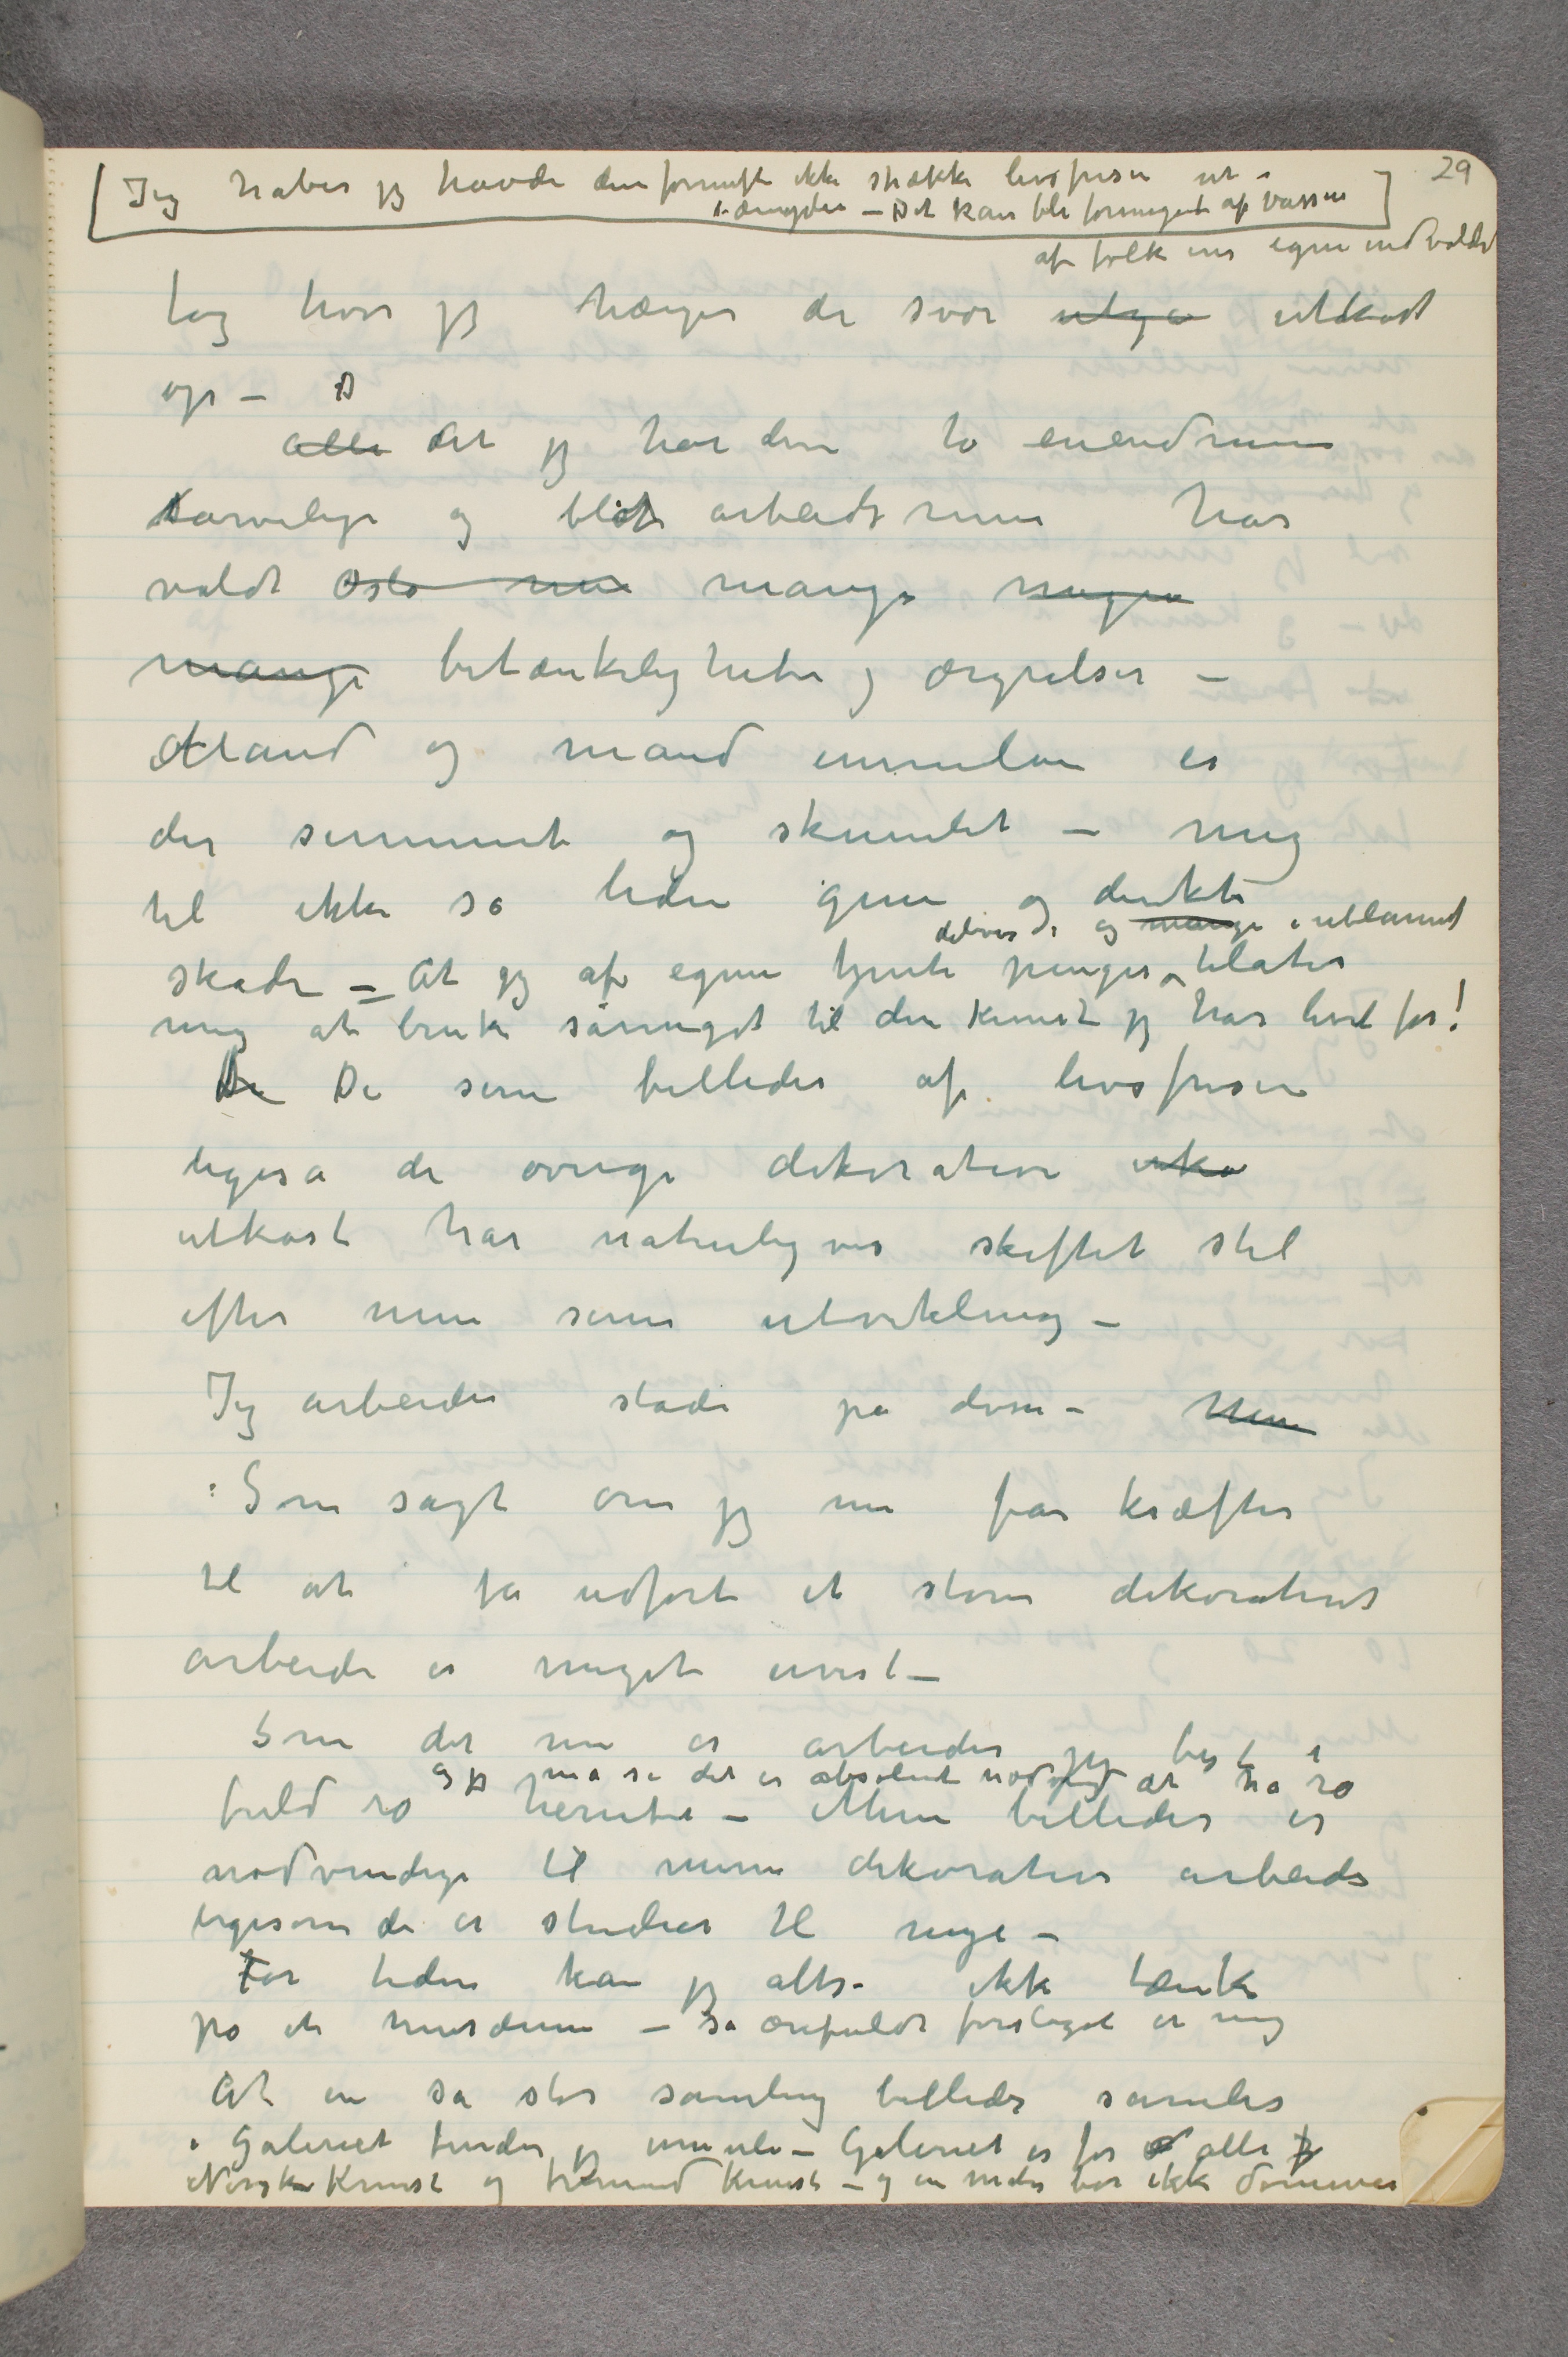
Jeg håper jeg havde den fornuft ikke strække livsfrisen ut i
længden - Det kan bli formeget af vassen
af folk ens egne indvolde
tag hvor jeg hænger de svære utga utkast
op – D
 Alle At jeg har dise to eiendomme
tarvelige og blot arbeidsrum har
voldt Oslo  …  mange megen
mange betænkeligheter og ærgrelser –
Mand og mand immelem er
det summet og skumlet – mig
til ikke så liden gene og direkte
skade – At jeg af egne tjente penger delvis, og mange i utlannet tilater mig at
bruke såmeget til den kunst jeg har levet for!
De De sene billeder af livsfrisen
ligeså de øvrige dekorative utka
utkast har naturligvis skiftet stil
efter min senere utvikling –
Jeg arbeider stadi på disse – Men
Som sagt om jeg nu får kræfter
til at få udført et større dekorativt
arbeide er noget uvist –
 Som det nu er arbeider jeg best i
og jeg må si det er absolut nødvendi at ha ro
fuld ro herude – Mine billeder er
nødvendige til mine dekorative arbeider
ligesom de er studier til nye –
For tiden kan jeg altså ikke tænke
på et musæum – så ærefuldt forslaget er mig
At en så stor samling billeder samles
i Galeriet finder jeg umuli – Galeriet er for  …  alle f
Norsk Kunst og fremed Kunst – og en maler bør ikke dominere